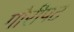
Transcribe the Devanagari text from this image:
गौरीपट